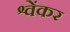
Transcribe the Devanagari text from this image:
श्वेंकर